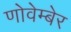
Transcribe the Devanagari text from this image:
णोवेम्बेर